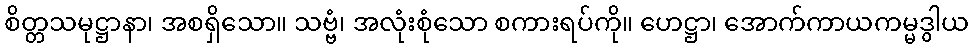
စိတ္တသမုဋ္ဌာနာ၊ အစရှိသော။ သဗ္ဗံ၊ အလုံးစုံသော စကားရပ်ကို။ ဟေဋ္ဌာ၊ အောက်ကာယကမ္မဒွါယ